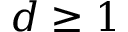
d \ge 1